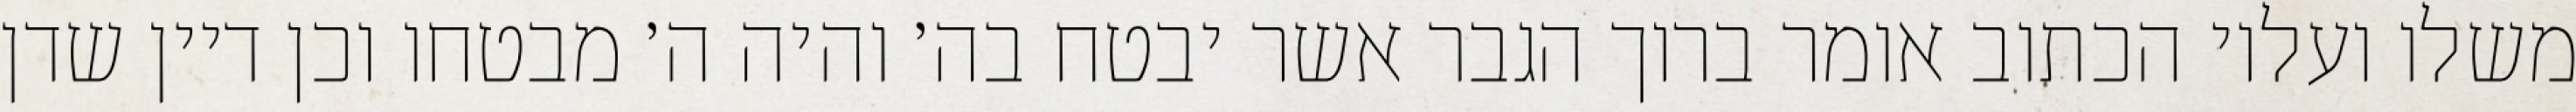
משלו ועליו הכתוב אומר ברוך הגבר אשר יבטח בה׳ והיה ה׳ מבטחו וכן דיין שדן